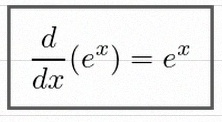
\frac{d}{dx}(e^x)=e^x